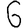
Digit: 6